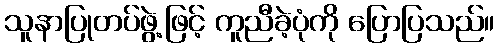
သူနာပြုတပ်ဖွဲ့ဖြင့် ကူညီခဲ့ပုံကို ပြောပြသည်။